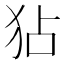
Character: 𤝓